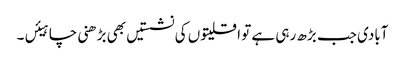
آبادی جب بڑھ رہی ہے تو اقلیتوں کی نشستیں بھی بڑھنی چاہیئں۔